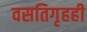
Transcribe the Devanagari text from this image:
वसतिगृहही